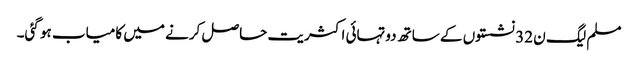
مسلم لیگ ن 32 نشستوں کے ساتھ دوتہائی اکثریت حاصل کرنے میں کامیاب ہو گئی۔